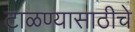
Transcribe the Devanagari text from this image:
टाळण्यासाठीचे